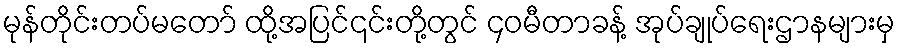
မုန်တိုင်းတပ်မတော် ထို့အပြင်၎င်းတို့တွင် ၄၀မီတာခန့် အုပ်ချုပ်ရေးဌာနများမှ